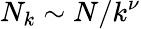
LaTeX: N_{k}\sim N/k^{\nu}